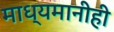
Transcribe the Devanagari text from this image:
माध्यमानीही